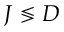
J \lessgtr D